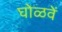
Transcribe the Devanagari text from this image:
घोळवें